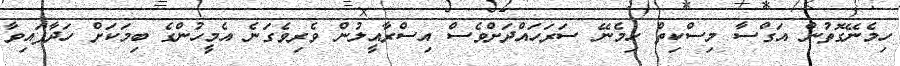
ހިމެނޭގޮތުން އަގްސާ މިސްކިތް ހިމެނޭ ސަރަހައްދަށްވެސް އިސްރާއީލުން ވެރިވެގަނެ އެމީހުންގެ ބިމަކަށް ހަދާފައިވާ